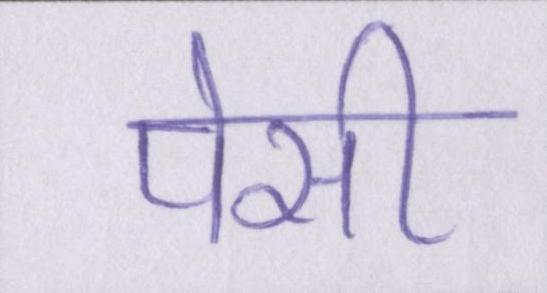
पेसी